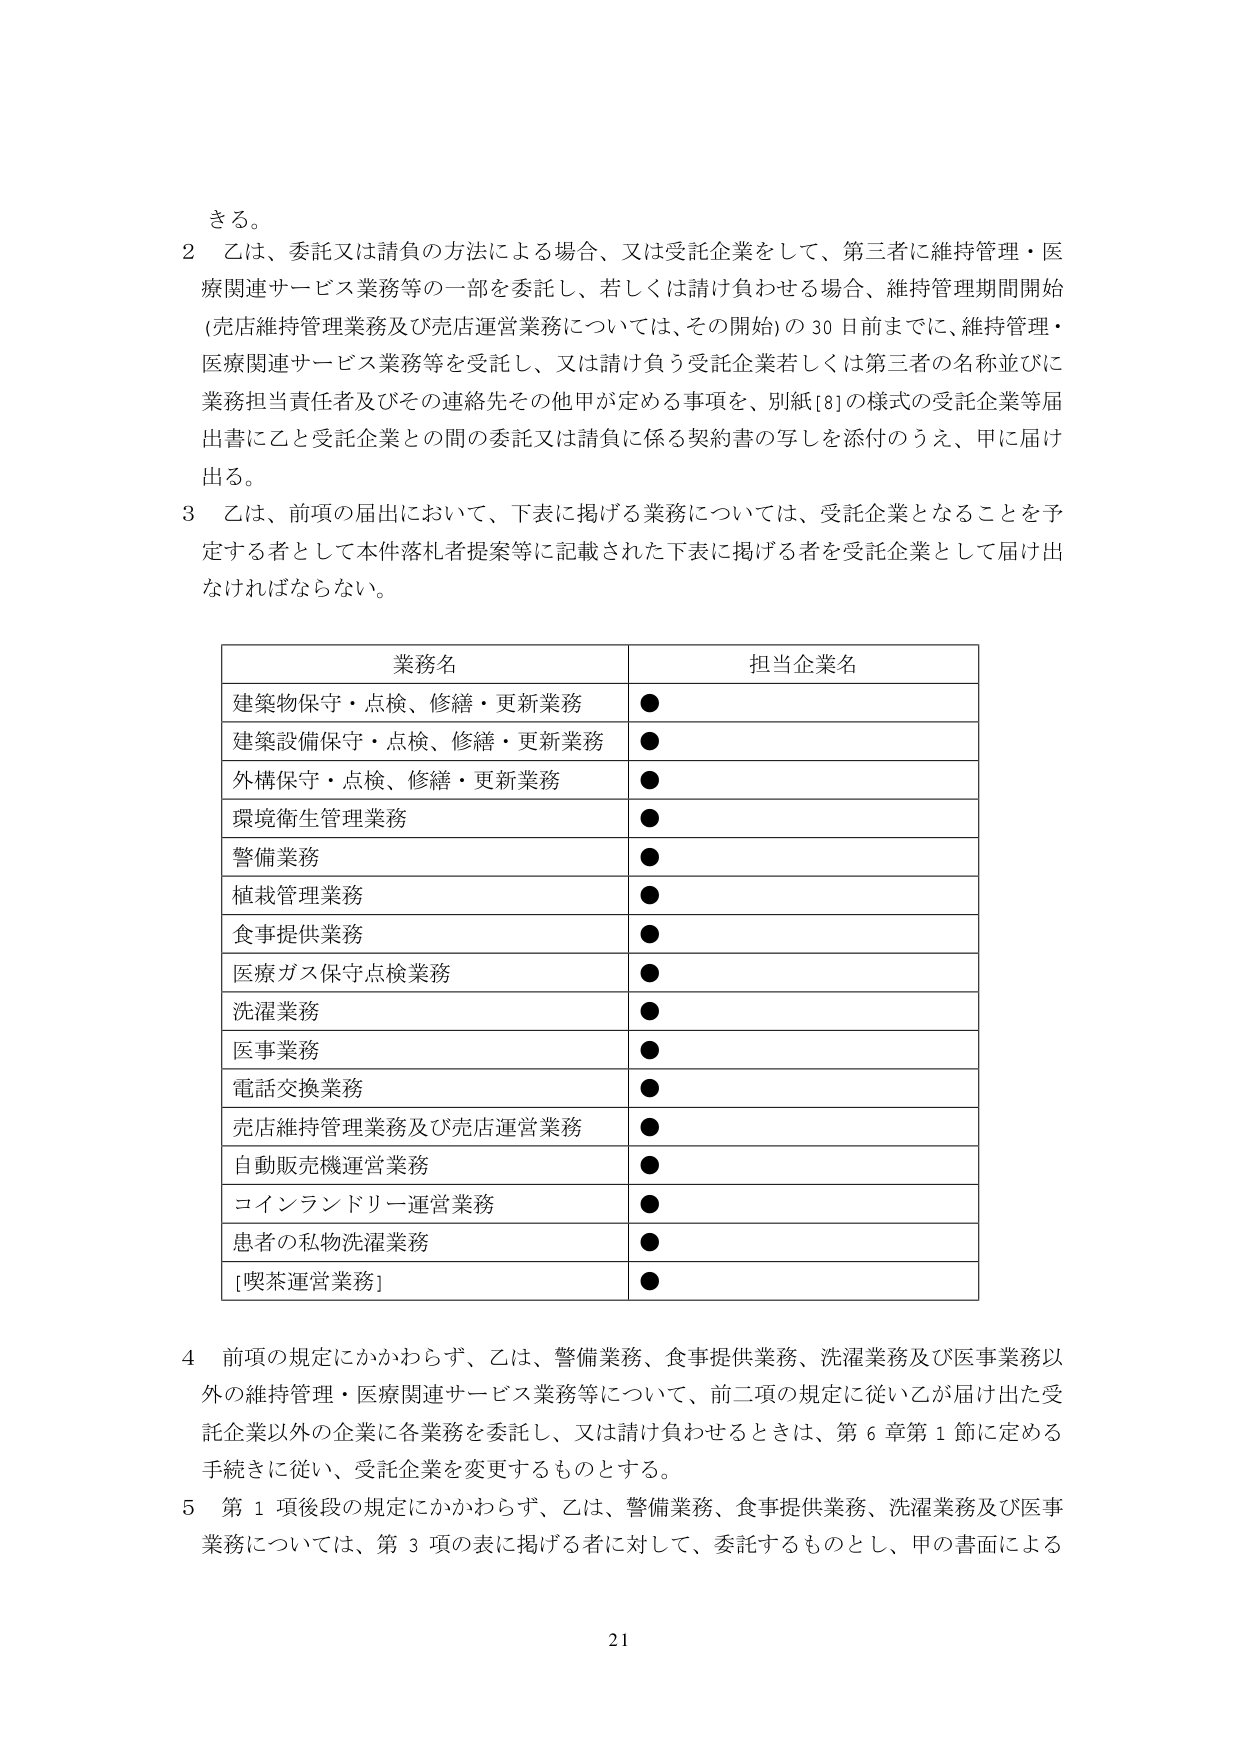
きる。

2 乙は、委託又は請負の方法による場合、又は受託企業をして、第三者に維持管理・医療関連サービス業務等の一部を委託し、若しくは請け負わせる場合、維持管理期間開始（売店維持管理業務及び売店運営業務については、その開始）の30日前までに、維持管理・医療関連サービス業務等を受託し、又は請け負う受託企業若しくは第三者の名称並びに業務担当責任者及びその連絡先その他甲が定める事項を、別紙[8]の様式の受託企業等届出書に乙と受託企業との間の委託又は請負に係る契約書の写しを添付のうえ、甲に届け出る。

3 乙は、前項の届出において、下表に掲げる業務については、受託企業となることを予定する者として本件落札者提案等に記載された下表に掲げる者を受託企業として届け出なければならない。

業務名 担当企業名
建築物保守・点検、修繕・更新業務 ●
建築設備保守・点検、修繕・更新業務 ●
外構保守・点検、修繕・更新業務 ●
環境衛生管理業務 ●
警備業務 ●
植栽管理業務 ●
食事提供業務 ●
医療ガス保守点検業務 ●
洗濯業務 ●
医事業務 ●
電話交換業務 ●
売店維持管理業務及び売店運営業務 ●
自動販売機運営業務 ●
コインランドリー運営業務 ●
患者の私物洗濯業務 ●
[喫茶運営業務] ●

4 前項の規定にかかわらず、乙は、警備業務、食事提供業務、洗濯業務及び医事業務以外の維持管理・医療関連サービス業務等について、前二項の規定に従い乙が届け出た受託企業以外の企業に各業務を委託し、又は請け負わせるときは、第6章第1節に定める手続きに従い、受託企業を変更するものとする。

5 第1項後段の規定にかかわらず、乙は、警備業務、食事提供業務、洗濯業務及び医事業務については、第3項の表に掲げる者に対して、委託するものとし、甲の書面による

21